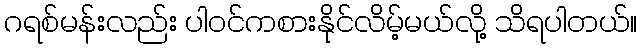
ဂရစ်မန်းလည်း ပါဝင်ကစားနိုင်လိမ့်မယ်လို့ သိရပါတယ်။